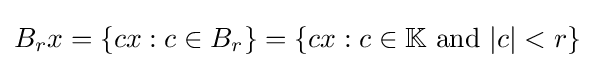
B_{r}x=\left\{cx:c\in B_{r}\right\}=\{cx:c\in \mathbb {K} {\text{ and }}|c|<r\}